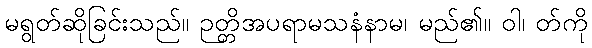
မရွတ်ဆိုခြင်းသည်။ ဉတ္တိအပရာမသနံနာမ၊ မည်၏။ ဝါ၊ တ်ကို